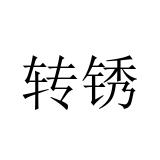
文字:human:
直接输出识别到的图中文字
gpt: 转锈